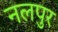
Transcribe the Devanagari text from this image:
नलपुर